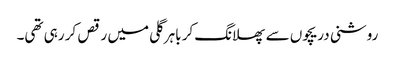
روشنی دریچوں سے پھلانگ کر باہر گلی میں رقص کر رہی تھی۔